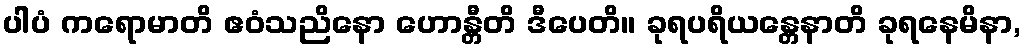
ပါပံ ကရောမာတိ ဧဝံသညိနော ဟောန္တီတိ ဒီပေတိ။ ခုရပရိယန္တေနာတိ ခုရနေမိနာ,